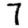
Digit: 7